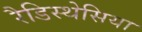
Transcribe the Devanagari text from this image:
रैडिस्थेसिया